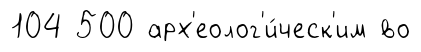
104 500 арх'еолог'и́ческ'им во